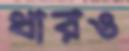
ধারও